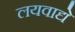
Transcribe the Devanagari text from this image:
लयवाद्ये